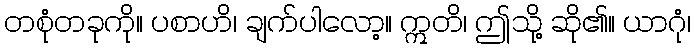
တစုံတခုကို။ ပစာဟိ၊ ချက်ပါလော့။ ဣတိ၊ ဤသို့ ဆို၏။ ယာဂုံ၊